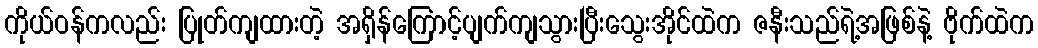
ကိုယ်ဝန်ကလည်း ပြုတ်ကျထားတဲ့ အရှိန်ကြောင့်ပျက်ကျသွားပြီးသွေးအိုင်ထဲက ဇနီးသည်ရဲ့အဖြစ်နဲ့ ဗိုက်ထဲက